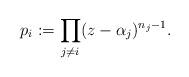
LaTeX: \begin{align*} p_{i} := \prod_{j \neq i}(z-\alpha_{j})^{n_{j}-1}. \end{align*}